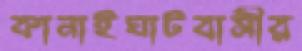
কানাইঘাটবাসীর